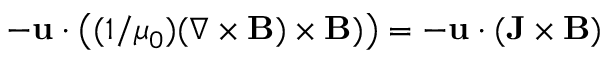
- \mathbf { u } \cdot \left( ( 1 / \mu _ { 0 } ) ( \nabla \times \mathbf { B } ) \times \mathbf { B } ) \right) = - \mathbf { u } \cdot ( \mathbf { J } \times \mathbf { B } )